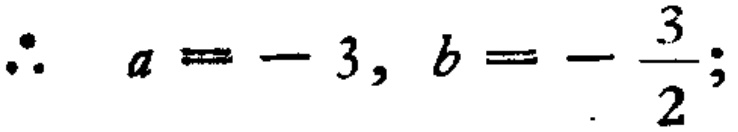
\(\therefore\ a = - 3, b = - \frac{3}{2};\)